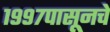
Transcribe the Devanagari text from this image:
१९९७पासूनचे